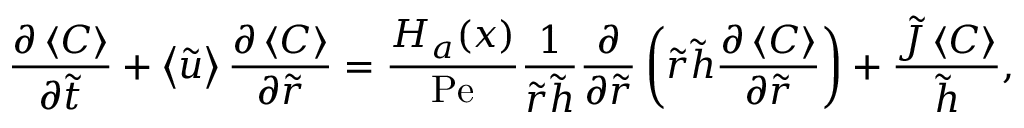
\frac { \partial \left\langle C \right\rangle } { \partial \tilde { t } } + \left\langle \tilde { u } \right\rangle \frac { \partial \left\langle C \right\rangle } { \partial \tilde { r } } = \frac { H _ { a } ( x ) } { \mathrm { P e } } \frac { 1 } { \tilde { r } \tilde { h } } \frac { \partial } { \partial \tilde { r } } \left( \tilde { r } \tilde { h } \frac { \partial \left\langle C \right\rangle } { \partial \tilde { r } } \right) + \frac { \tilde { J } \left\langle C \right\rangle } { \tilde { h } } ,